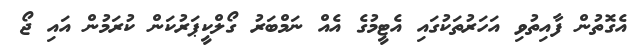
އެގޮތުން ފާއިތުވި އަހަރުތަކުގައި އެޓީމުގެ އެއް ނަމްބަރު ގޯލްކީޕަރުކަން ކުރަމުން އައި ޖޯ